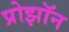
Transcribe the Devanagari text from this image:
प्रोझॉन